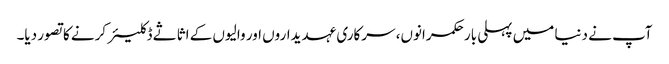
آپ نے دنیا میں پہلی بار حکمرانوں، سرکاری عہدیداروں اور والیوں کے اثاثے ڈکلیئر کرنے کاتصور دیا۔